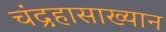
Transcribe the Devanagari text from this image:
चंद्रहासाख्यान